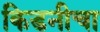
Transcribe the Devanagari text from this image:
किडनीचा